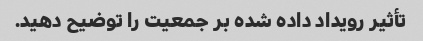
تأثیر رویداد داده شده بر جمعیت را توضیح دهید.